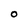
Character: 0